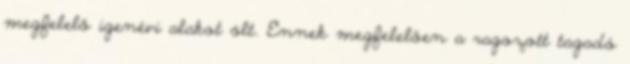
megfelelő igenévi alakot ölt. Ennek megfelelően a ragozott tagadó